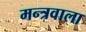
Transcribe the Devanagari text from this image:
मन्त्रवाला